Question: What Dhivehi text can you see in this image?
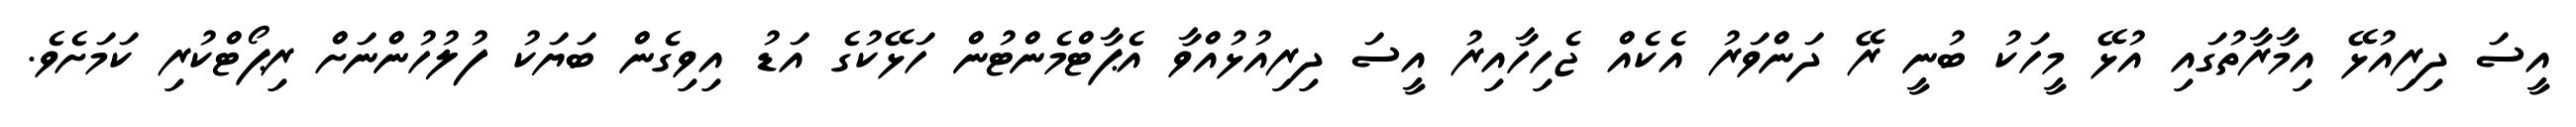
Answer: އީސަ ދިރިއުޅޭ އިމާރާތުގައި އުޅޭ މީހަކު ބުނީ ރޭ ދަންވަރު އެކެއް ޖެހިހާއިރު އީސަ ދިރިއުޅުއްވާ އެޕާޓްމެންޓުން ހަޅޭކުގެ އަޑު އިވިގެން ބަޔަކު ފުލުހުންނަށް ރިޕޯޓްކުރި ކަމަށެވެ.